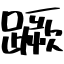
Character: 蹶